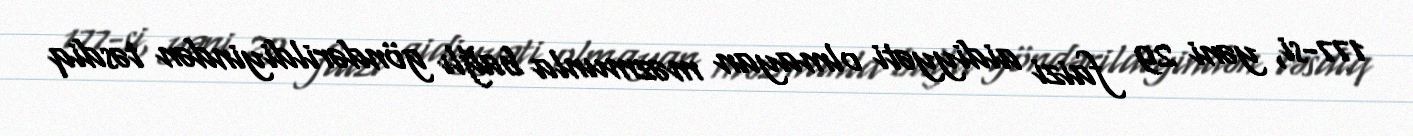
177-si, yəni 29 faizi aidiyyəti olmayan məzmunla bağlı göndərildiyindən təsdiq